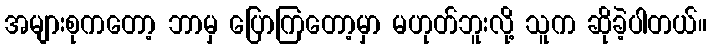
အများစုကတော့ ဘာမှ ပြောကြတော့မှာ မဟုတ်ဘူးလို့ သူက ဆိုခဲ့ပါတယ်။